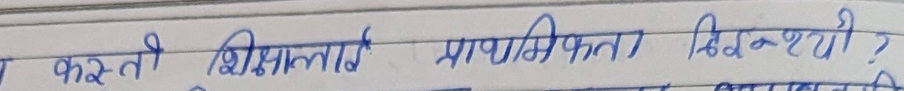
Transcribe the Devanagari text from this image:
कस्तो शिक्षालाई प्राथमिकता दिन्छौ ?